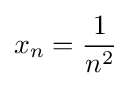
x_{n}={\frac {1}{n^{2}}}